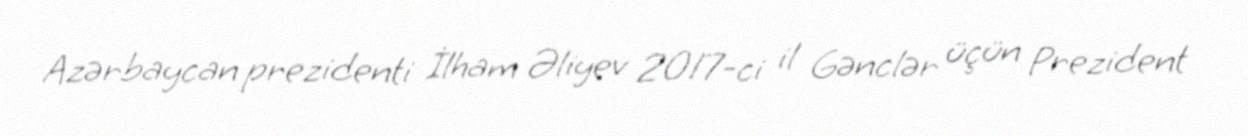
Azərbaycan prezidenti İlham Əliyev 2017-ci il Gənclər üçün Prezident